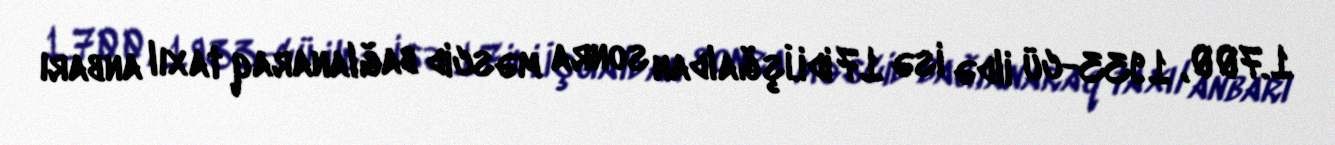
1.700, 1933-cü ildə isə 17 idi.İşğaldan sonra məscid bağlanaraq taxıl anbarı